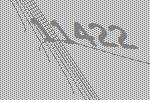
11422